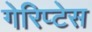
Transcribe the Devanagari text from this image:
गेरिप्टेस